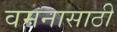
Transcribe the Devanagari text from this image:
वमनासाठी